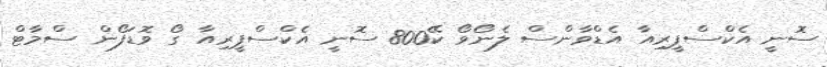
ސޮނީ އެކްސްޕީރިއާ އެޑްވާންސް ލެނޯވޯ ކޭ800 ސޮނީ އެކްސްޕީރިއާ ގޯ ވޮޑަފޯން ސްމާޓް